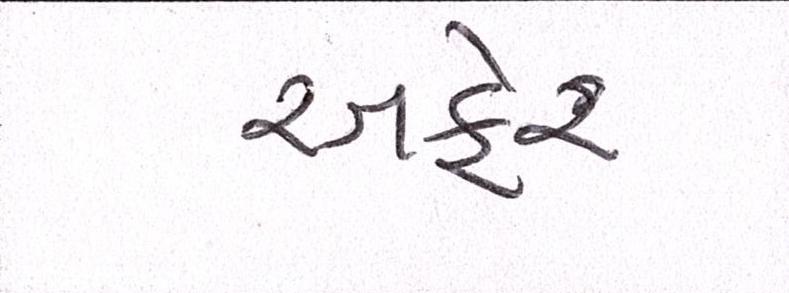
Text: અફેર